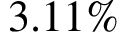
3 . 1 1 \%